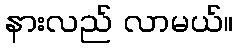
နားလည် လာမယ်။